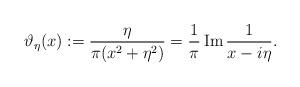
LaTeX: \begin{align*}\vartheta_{\eta}(x):=\frac{\eta}{\pi(x^2+\eta^2)}=\frac{1}{\pi}\operatorname{Im} \frac{1}{x-i\eta}.\end{align*}